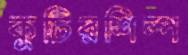
কুটিরশিল্প